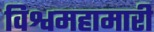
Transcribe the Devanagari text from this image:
विश्वमहामारी